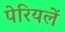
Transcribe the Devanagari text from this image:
पेरियलें